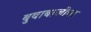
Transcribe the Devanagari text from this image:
बुवाबाजीचा